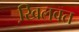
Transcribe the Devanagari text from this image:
खि़लवत